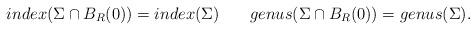
LaTeX: \begin{align*}index(\Sigma \cap B_R(0))=index(\Sigma) \,\,\,\,\, \,\,\,\,\,\, genus(\Sigma \cap B_R(0))=genus(\Sigma).\end{align*}